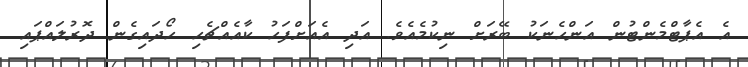
އެ އެޕާޓްމެންޓުން އަންހެނަކު ބޭރަށް ނިކުމެއެވެ. އަދި އެއަށްފަހު ކާއެއްޗެހި ހޯދައިގެން ދޮރުލައްޕައި